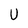
Character: U